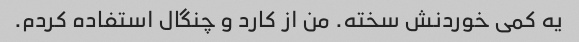
یه کمی خوردنش سخته. من از کارد و چنگال استفاده کردم.